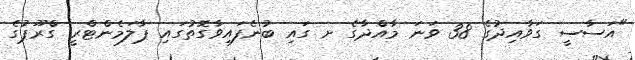
"އަސާސީ ގަވާއިދުގެ 38 ވަނަ މާއްދާގެ ށ ގައި ބުނެފައިވާގޮތުގައި ޕާލަމެންޓްރީ ގްރޫޕުގެ